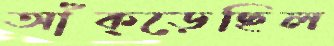
আঁক্‌ড়েছিল